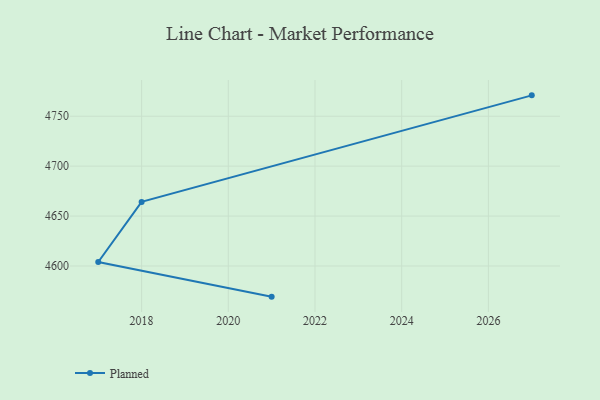
{"axis": {"x": "Year", "y": "Page Views"}, "legend": ["Planned"], "data": [{"x": "2027", "y": 4770.9, "type": "Planned"}, {"x": "2018", "y": 4664.2, "type": "Planned"}, {"x": "2017", "y": 4604.0, "type": "Planned"}, {"x": "2021", "y": 4569.3, "type": "Planned"}]}